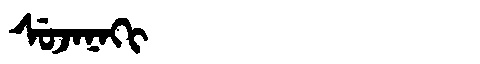
Manchu: ᠰᡠᠵᠠᠨᠠᡴᡳ
Romanization: SUJANAKI